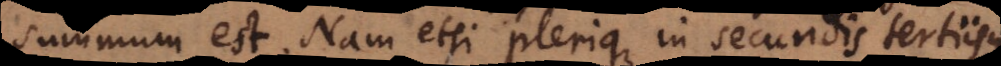
summum est. Nam etsi plerique in secundis tertiisque